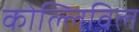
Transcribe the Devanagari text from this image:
कोल्लिविल